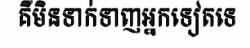
គឺមិនទាក់ទាញអ្នកទៀតទេ